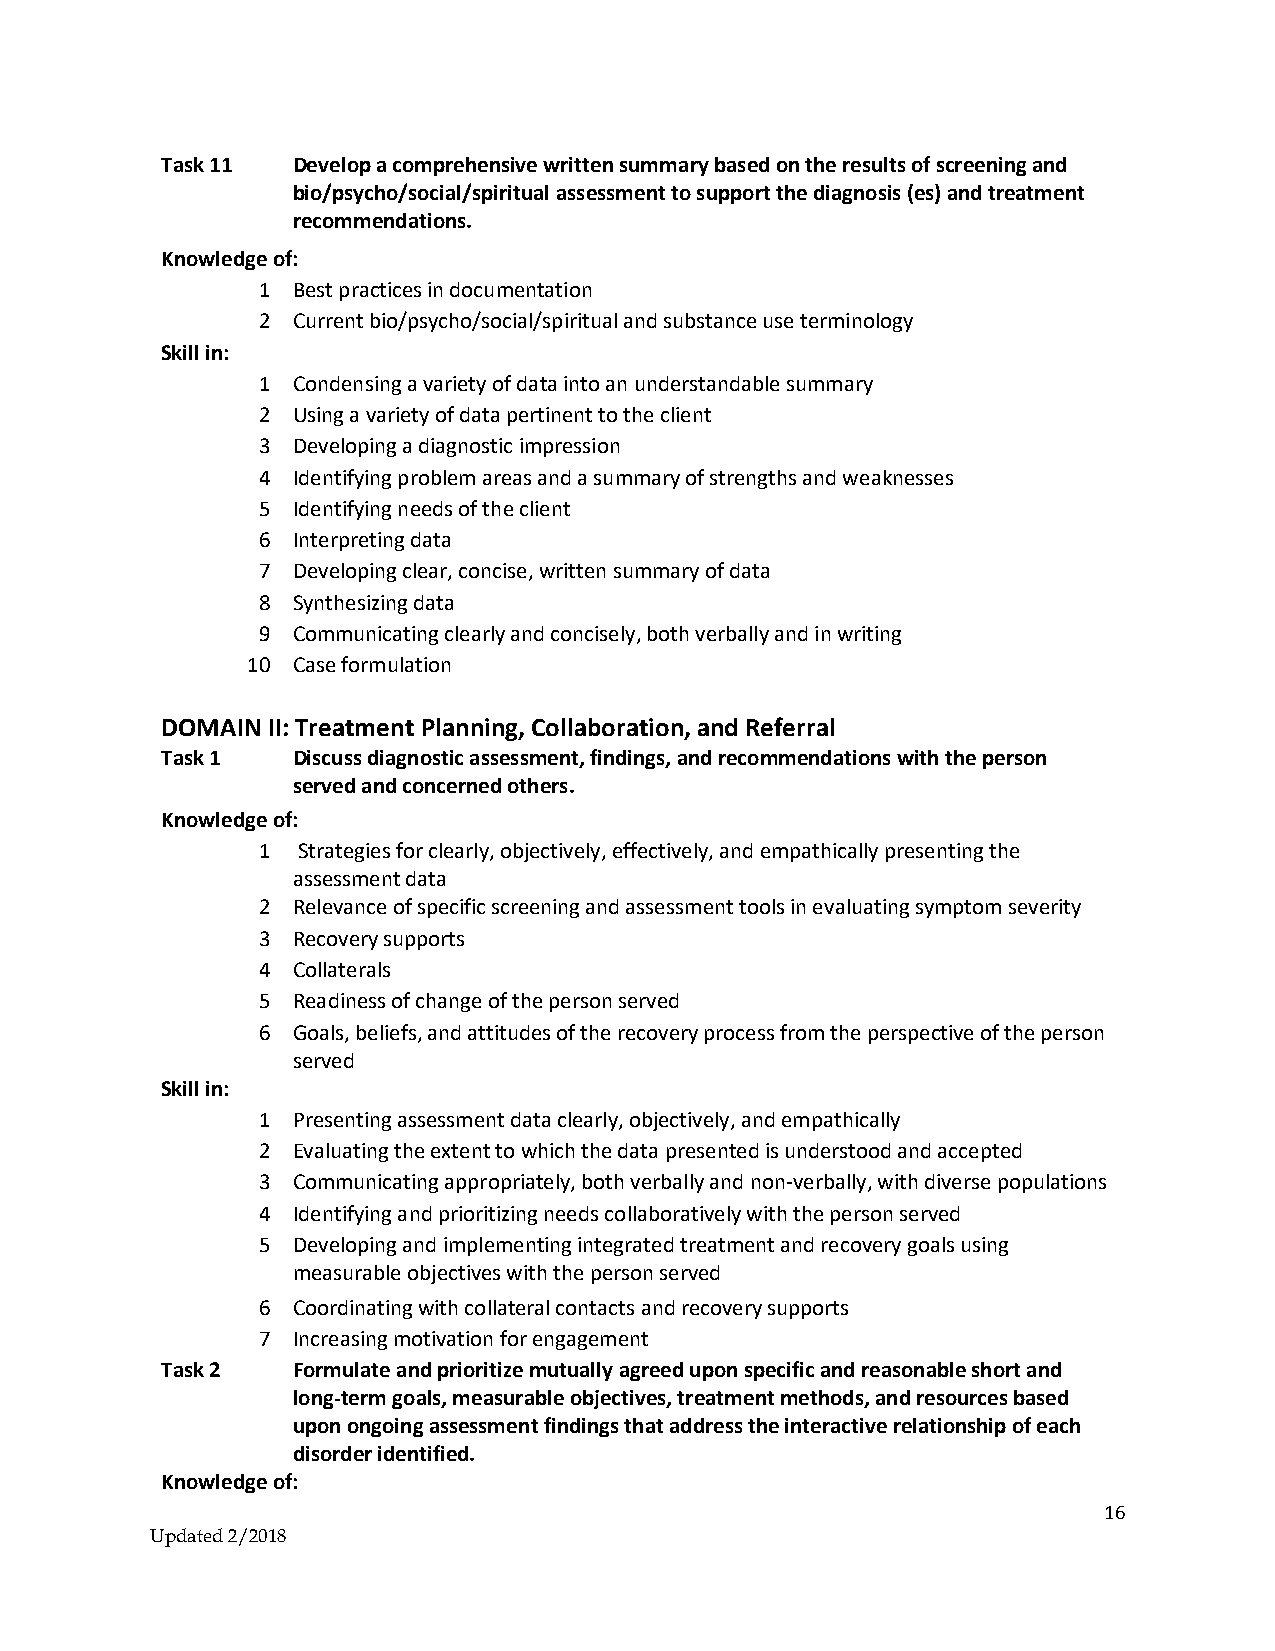
Task 11 Develop a comprehensive written summary based on the results of screening and
 bio/psycho/social/spiritual assessment to support the diagnosis (es) and treatment
 recommendations.
 Knowledge of:
 1 Best practices in documentation
 2 Current bio/psycho/social/spiritual and substance use terminology
 Skill in:
 1 Condensing a variety of data into an understandable summary
 2 Using a variety of data pertinent to the client
 3 Developing a diagnostic impression
 4 Identifying problem areas and a summary of strengths and weaknesses
 5 Identifying needs of the client
 6 Interpreting data
 7 Developing clear, concise, written summary of data
 8 Synthesizing data
 9 Communicating clearly and concisely, both verbally and in writing
 10 Case formulation
 DOMAIN II: Treatment Planning, Collaboration, and Referral
 Task 1  Discuss diagnostic assessment, findings, and recommendations with the person
 served and concerned others.
 Knowledge of:
 1  Strategies for clearly, objectively, effectively, and empathically presenting the
 assessment data
 2 Relevance of specific screening and assessment tools in evaluating symptom severity
 3 Recovery supports
 4 Collaterals
 5 Readiness of change of the person served
 6 Goals, beliefs, and attitudes of the recovery process from the perspective of the person
 served
 Skill in:
 1 Presenting assessment data clearly, objectively, and empathically
 2 Evaluating the extent to which the data presented is understood and accepted
 3 Communicating appropriately, both verbally and non-verbally, with diverse populations
 4 Identifying and prioritizing needs collaboratively with the person served
 5 Developing and implementing integrated treatment and recovery goals using
 measurable objectives with the person served
 6 Coordinating with collateral contacts and recovery supports
 7 Increasing motivation for engagement
 Task 2  Formulate and prioritize mutually agreed upon specific and reasonable short and
 long-term goals, measurable objectives, treatment methods, and resources based
 upon ongoing assessment findings that address the interactive relationship of each
 disorder identified.
 Knowledge of:
 16
 Updated 2/2018